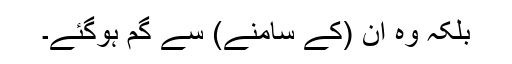
بلکہ وہ ان (کے سامنے) سے گم ہوگئے۔